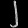
Digit: ၂